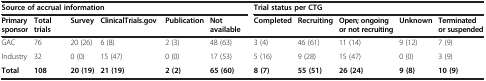
| <COLSPAN=6> Source of accrual information | <COLSPAN=5> Trial status per CTG |
 | Primary sponsor | Total trials | Survey | ClinicalTrials.gov | Publication | Not available | Completed | Recruiting | Open; ongoing or not recruiting | Unknown | Terminated or suspended |
 | --- | --- | --- | --- | --- | --- | --- | --- | --- | --- | --- |
 | GAC | 76 | 20 (26) | 6 (8) | 2 (3) | 48 (63) | 3 (4) | 46 (61) | 11 (14) | 9 (12) | 7 (9) |
 | Industry | 32 | 0 (0) | 15 (47) | 0 (0) | 17 (53) | 5 (16) | 9 (28) | 15 (47) | 0 (0) | 3 (9) |
 | Total | 108 | 20 (19) | 21 (19) | 2 (2) | 65 (60) | 8 (7) | 55 (51) | 26 (24) | 9 (8) | 10 (9) |